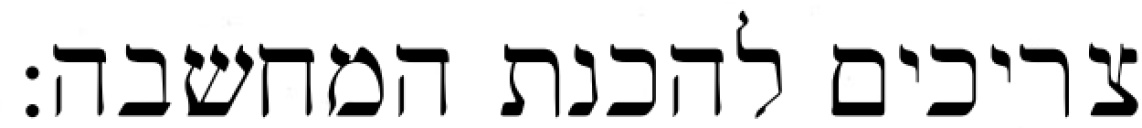
צריכים להכנת המחשבה: